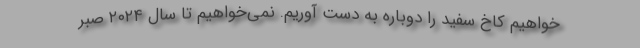
‌خواهیم کاخ سفید را دوباره به دست آوریم. نمی‌خواهیم تا سال ۲۰۲۴ صبر